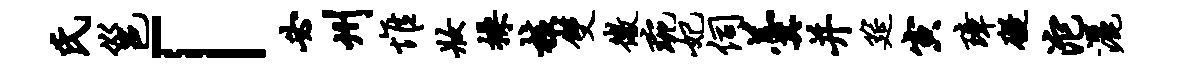
氏邕「必州惟妆操核双微琬妃伺羹并筵寅璋碍沱洒